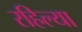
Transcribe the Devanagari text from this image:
रहिल्या